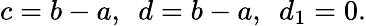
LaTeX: c=b-a,\ \ d=b-a,\ \ d_{1}=0.